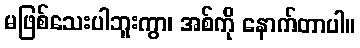
မဖြစ်သေးပါဘူးကွာ၊ အစ်ကို နောက်တာပါ။